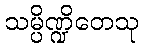
သမ္ပိဏ္ဍိတေသု